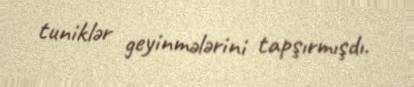
tuniklər geyinmələrini tapşırmışdı.